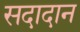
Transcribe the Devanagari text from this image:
सदादान